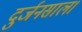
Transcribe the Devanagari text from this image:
दुर्जनसाल।